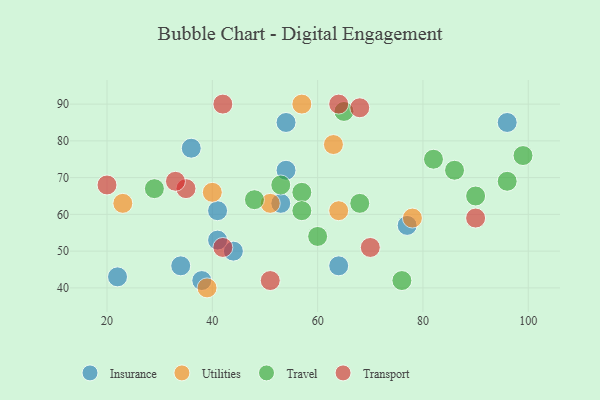
{"axis": {"x": "GDP", "y": "Life Expectancy"}, "legend": ["Insurance", "Transport", "Travel", "Utilities"], "data": [{"x": "96", "y": 85, "type": "Insurance"}, {"x": "64", "y": 46, "type": "Insurance"}, {"x": "44", "y": 50, "type": "Insurance"}, {"x": "54", "y": 85, "type": "Insurance"}, {"x": "34", "y": 46, "type": "Insurance"}, {"x": "41", "y": 53, "type": "Insurance"}, {"x": "36", "y": 78, "type": "Insurance"}, {"x": "77", "y": 57, "type": "Insurance"}, {"x": "54", "y": 72, "type": "Insurance"}, {"x": "53", "y": 63, "type": "Insurance"}, {"x": "41", "y": 61, "type": "Insurance"}, {"x": "22", "y": 43, "type": "Insurance"}, {"x": "38", "y": 42, "type": "Insurance"}, {"x": "40", "y": 66, "type": "Utilities"}, {"x": "23", "y": 63, "type": "Utilities"}, {"x": "64", "y": 61, "type": "Utilities"}, {"x": "39", "y": 40, "type": "Utilities"}, {"x": "51", "y": 63, "type": "Utilities"}, {"x": "78", "y": 59, "type": "Utilities"}, {"x": "57", "y": 90, "type": "Utilities"}, {"x": "63", "y": 79, "type": "Utilities"}, {"x": "96", "y": 69, "type": "Travel"}, {"x": "57", "y": 66, "type": "Travel"}, {"x": "76", "y": 42, "type": "Travel"}, {"x": "90", "y": 65, "type": "Travel"}, {"x": "60", "y": 54, "type": "Travel"}, {"x": "65", "y": 88, "type": "Travel"}, {"x": "53", "y": 68, "type": "Travel"}, {"x": "29", "y": 67, "type": "Travel"}, {"x": "86", "y": 72, "type": "Travel"}, {"x": "82", "y": 75, "type": "Travel"}, {"x": "57", "y": 61, "type": "Travel"}, {"x": "68", "y": 63, "type": "Travel"}, {"x": "48", "y": 64, "type": "Travel"}, {"x": "99", "y": 76, "type": "Travel"}, {"x": "64", "y": 90, "type": "Transport"}, {"x": "20", "y": 68, "type": "Transport"}, {"x": "35", "y": 67, "type": "Transport"}, {"x": "90", "y": 59, "type": "Transport"}, {"x": "70", "y": 51, "type": "Transport"}, {"x": "51", "y": 42, "type": "Transport"}, {"x": "68", "y": 89, "type": "Transport"}, {"x": "42", "y": 90, "type": "Transport"}, {"x": "42", "y": 51, "type": "Transport"}, {"x": "33", "y": 69, "type": "Transport"}]}